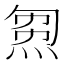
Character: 𤊝